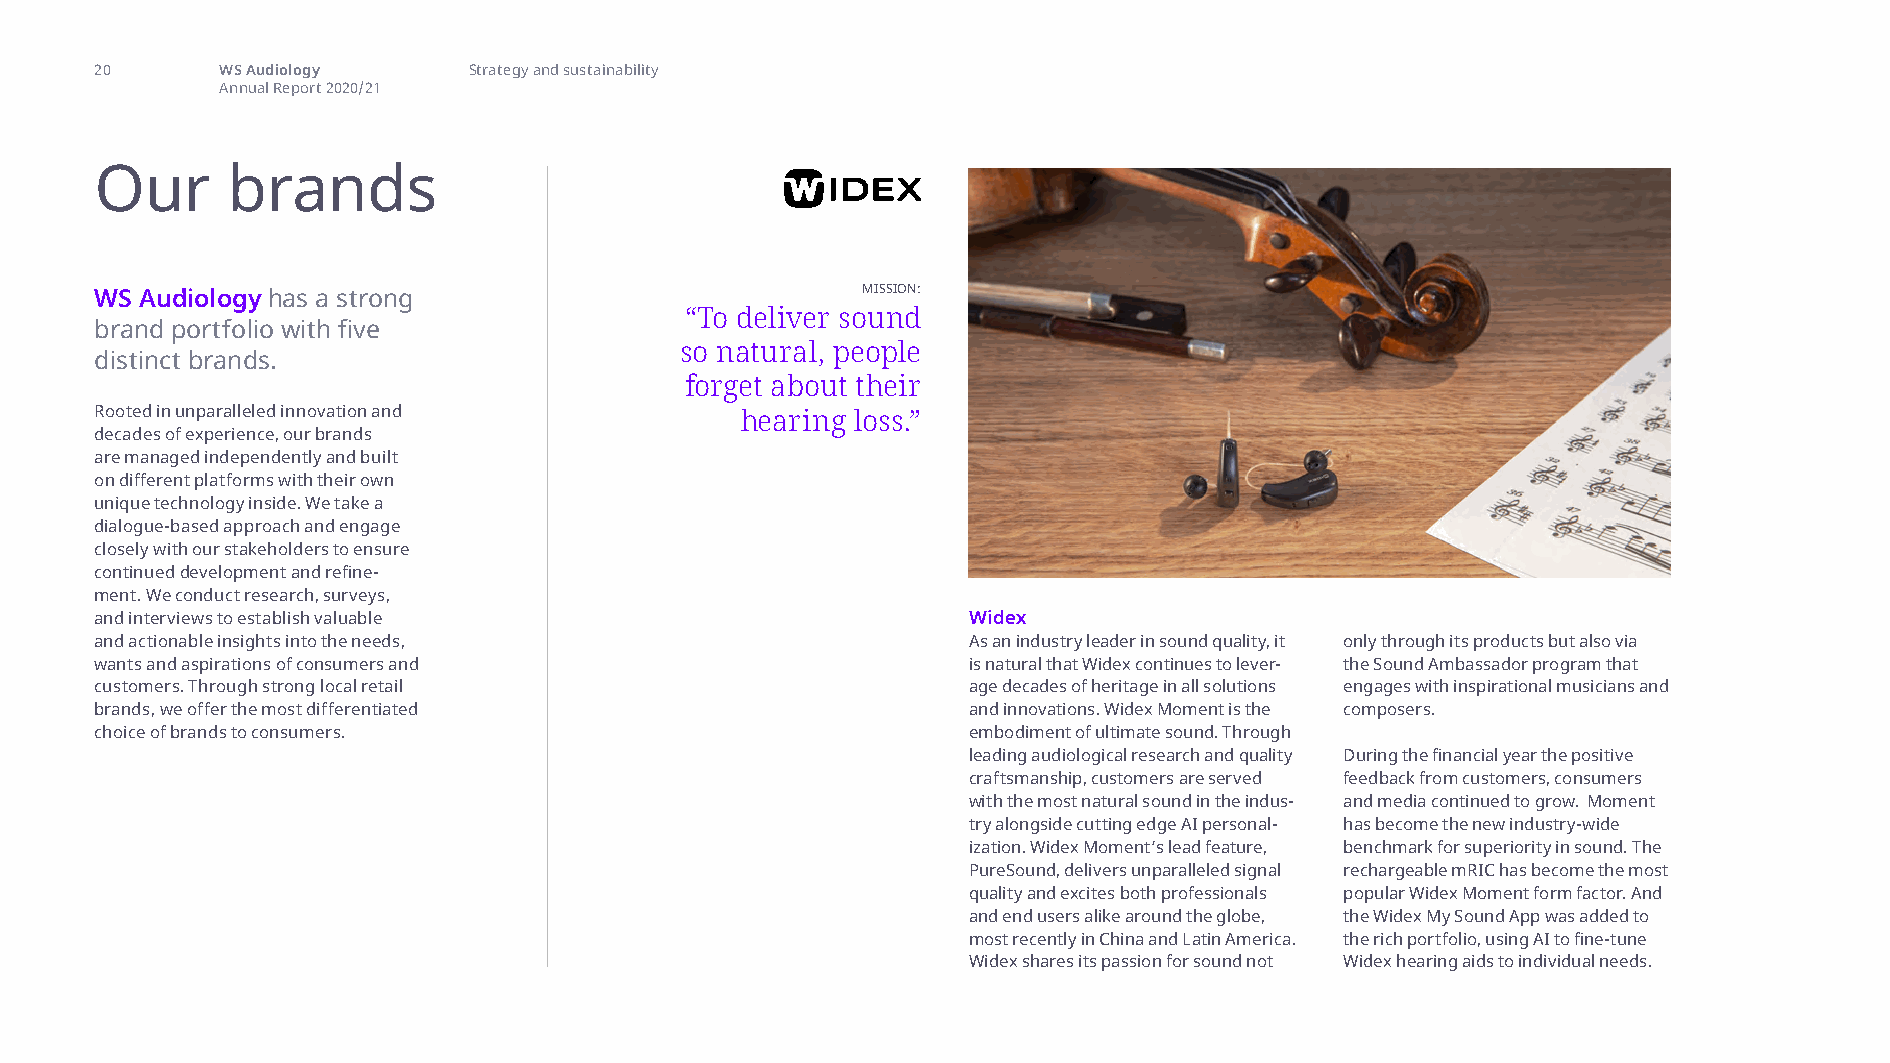
our brands
 20       WS Audiology    Strategy and sustainability
 Annual Report 2020/21
 Our      brands
 WS Audiology has a strong                          MISSION:
 “To deliver sound
 brand portfolio with five
 so natural, people
 distinct brands.
 forget about their
 Rooted in unparalleled innovation and      hearing loss.”
 decades of experience, our brands
 are managed independently and built
 on different platforms with their own
 unique technology inside. We take a
 dialogue-based approach and engage
 closely with our stakeholders to ensure
 continued development and refine-
 ment. We conduct research, surveys,
 and interviews to establish valuable                      Widex
 and actionable insights into the needs,                   As an industry leader in sound quality, it only through its products but also via
 wants and aspirations of consumers and                    is natural that Widex continues to lever- the Sound Ambassador program that
 customers. Through strong local retail                    age decades of heritage in all solutions engages with inspirational musicians and
 brands, we offer the most differentiated                  and innovations. Widex Moment is the composers.
 choice of brands to consumers.                            embodiment of ultimate sound. Through
 leading audiological research and quality During the financial year the positive
 craftsmanship, customers are served feedback from customers, consumers
 with the most natural sound in the indus- and media continued to grow. Moment
 try alongside cutting edge AI personal- has become the new industry-wide
 ization. Widex Moment’s lead feature, benchmark for superiority in sound. The
 PureSound, delivers unparalleled signal rechargeable mRIC has become the most
 quality and excites both professionals popular Widex Moment form factor. And
 and end users alike around the globe, the Widex My Sound App was added to
 most recently in China and Latin America. the rich portfolio, using AI to fine-tune
 Widex shares its passion for sound not Widex hearing aids to individual needs.